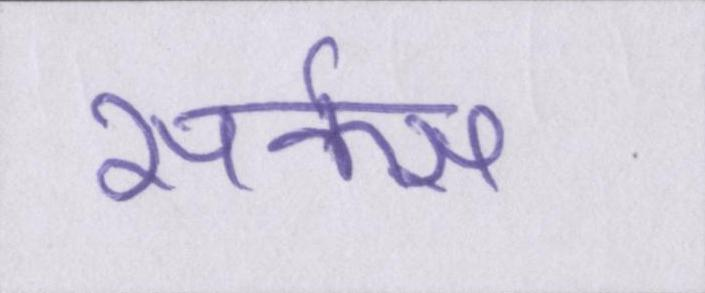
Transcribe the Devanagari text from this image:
सर्कस